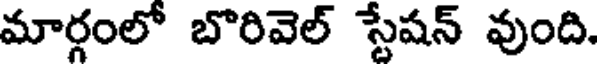
మార్గంలో బొరివెల్ స్టేషన్ వుంది.